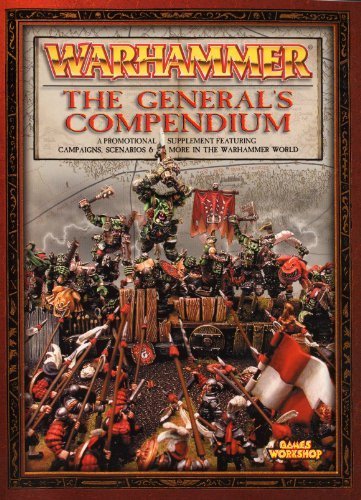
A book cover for Warhammer: The General's Compendium; Jeremy Vetock; Science Fiction & Fantasy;